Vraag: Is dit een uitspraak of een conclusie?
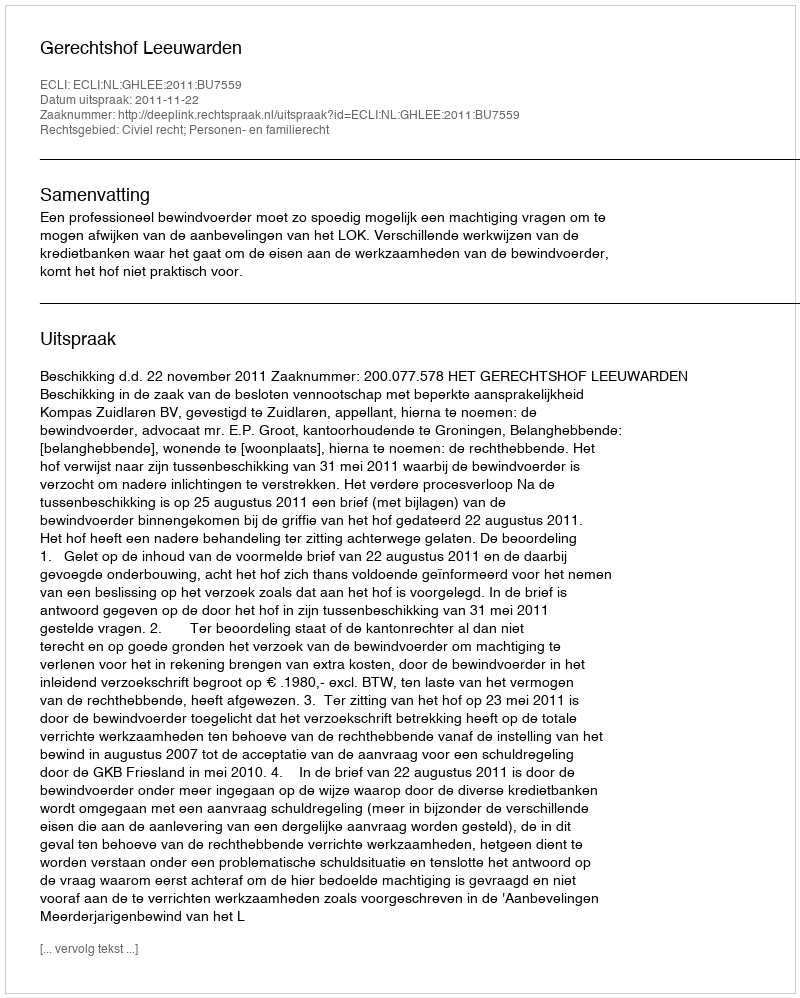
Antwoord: Uitspraak